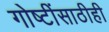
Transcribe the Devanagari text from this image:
गोष्टींसाठीही